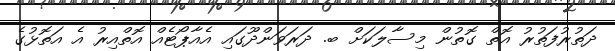
ދަތުރުފަތުރު އޮތް ގޮތުން މިސާލަކަށް ބ. ދަރަވަންދޫގައި އެއާޕޯޓެއް އޮތްއިރު އެ އަތޮޅުގެ